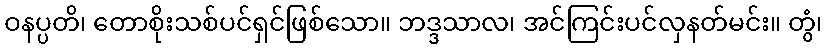
ဝနပ္ပတိ၊ တောစိုးသစ်ပင်ရှင်ဖြစ်သော။ ဘဒ္ဒသာလ၊ အင်ကြင်းပင်လှနတ်မင်း။ တွံ၊